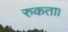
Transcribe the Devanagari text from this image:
रुकता।